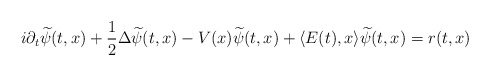
\begin{align*} i \partial_t \widetilde{\psi}(t,x) + \frac{1}{2} \Delta \widetilde{\psi}(t,x) - V(x) \widetilde{\psi}(t,x) + \langle E(t) , x \rangle \widetilde{\psi}(t,x)= r(t,x)\end{align*}